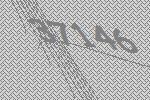
37146